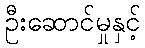
ဦးဆောင်မှုနှင့်